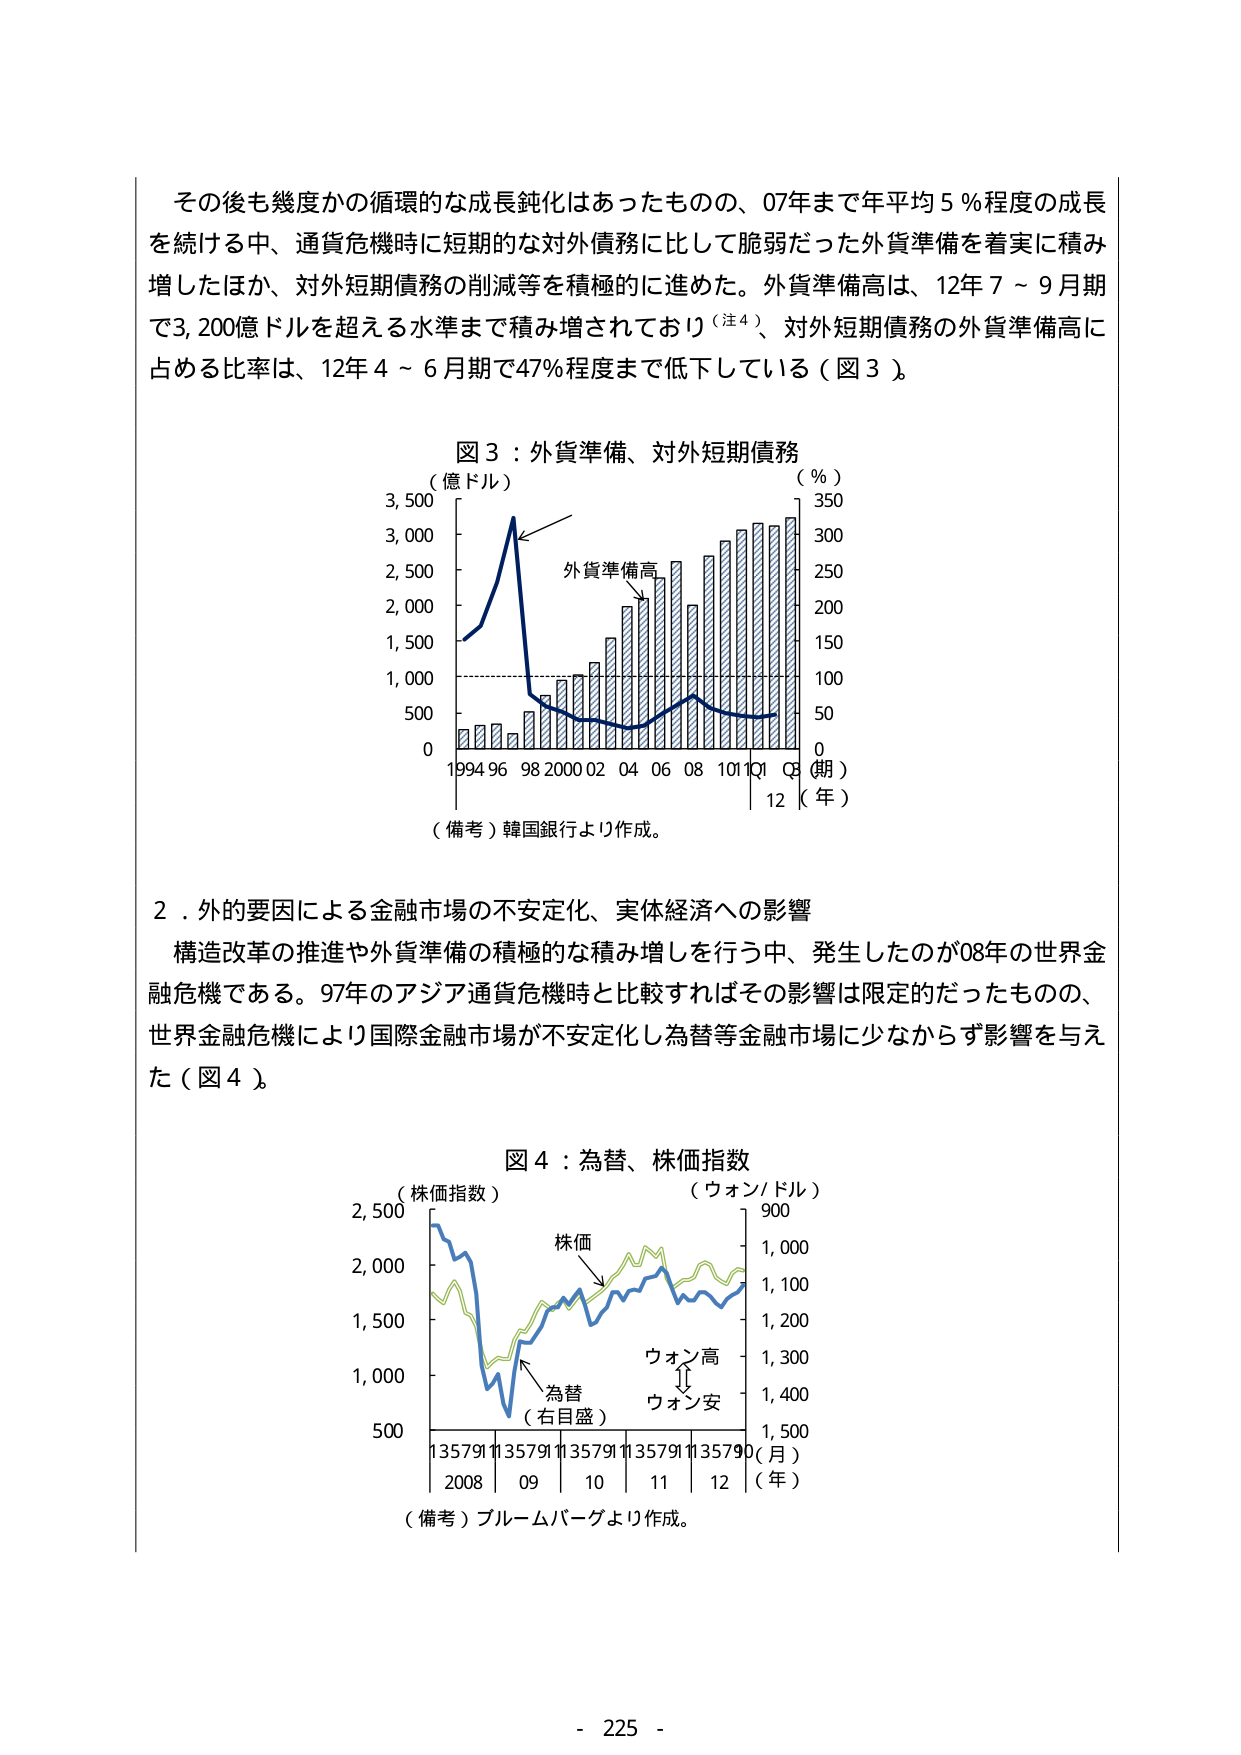
その後も幾度かの循環的な成長鈍化はあったものの、07年まで年平均5％程度の成長を続ける中、通貨危機時に短期的な対外債務に比して脆弱だった外貨準備を着実に積み増したほか、対外短期債務の削減等を積極的に進めた。外貨準備高は、12年7～9月期で3,200億ドルを超える水準まで積み増されており（注4）、対外短期債務の外貨準備高に占める比率は、12年4～6月期で47％程度まで低下している（図3）。

図3：外貨準備、対外短期債務
（億ドル）　　　　　　　　　　　　　　（％）
3,500　　　　　　　　　　　　　　　　　350
3,000　　　　　　　　　　　　　　　　　300
2,500　　　　　　　　　　　　　　　　　250
2,000　　　　　　　　　　　　　　　　　200
1,500　　　　　　　　　　　　　　　　　150
1,000　　　　　　　　　　　　　　　　　100
500　　　　　　　　　　　　　　　　　　50
0　　　　　　　　　　　　　　　　　　　0
　　　　1994 96 98 2000 02 04 06 08 10 11 12（年）
　　　　　　　　　　　　　　　　　　　　（期）
外貨準備高
（備考）韓国銀行より作成。

2．外的要因による金融市場の不安定化、実体経済への影響
構造改革の推進や外貨準備の積極的な積み増しを行う中、発生したのが08年の世界金融危機である。97年のアジア通貨危機時と比較すればその影響は限定的だったものの、世界金融危機により国際金融市場が不安定化し為替等金融市場に少なからず影響を与えた（図4）。

図4：為替、株価指数
（株価指数）　　　　　　　　　　　　（ウォン/ドル）
2,500　　　　　　　　　　　　　　　　900
2,000　　　　　　　　　　　　　　　　1,000
1,500　　　　　　　　　　　　　　　　1,100
1,000　　　　　　　　　　　　　　　　1,200
500　　　　　　　　　　　　　　　　1,300
　　　　　　　　　　　　　　　　　　1,400
　　　　　　　　　　　　　　　　　　1,500
　　　　135791135791135791135791135790（月）
　　　　　2008　09　10　11　12（年）
株価
為替
（右目盛）
ウォン高
ウォン安
（備考）ブルームバーグより作成。

- 225 -